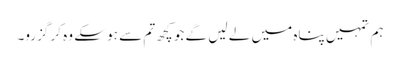
ہم تمہیں پناہ میں لے لیں گے جو کچھ تم سے ہو سکے وہ کر گزرو۔